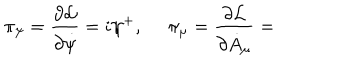
\pi _ { \psi } = \frac { \partial \mathcal { L } } { \partial \dot { \psi } } = i \psi ^ { + } , \, \, \pi _ { \mu } = \frac { \partial \mathcal { L } } { \partial \dot { A } _ { \mu } } =